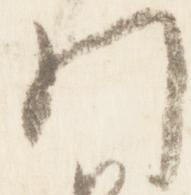
門